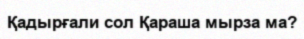
Қадырғали сол Қараша мырза ма?